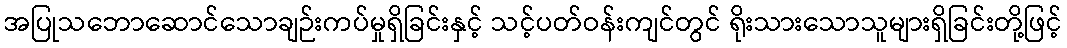
အပြုသဘောဆောင်သောချဉ်းကပ်မှုရှိခြင်းနှင့် သင့်ပတ်ဝန်းကျင်တွင် ရိုးသားသောသူများရှိခြင်းတို့ဖြင့်